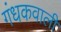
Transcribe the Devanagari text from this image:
गंधकवाली